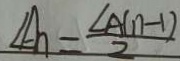
\angle A _ { n } = \frac { \angle A ( n - 1 ) } { 2 }